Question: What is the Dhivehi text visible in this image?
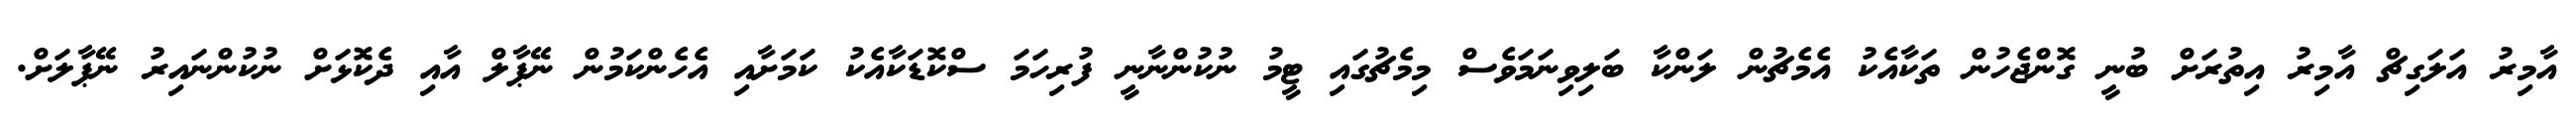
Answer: އާމިރު އަލަގިޗް އާމިރު އިތުރަށް ބުނީ ގޮންޖެހުން ތަކާއެކު އެމެޗުން ލަންކާ ބަލިވިނަމަވެސް މިމެޗުގައި ޓީމު ނުކުންނާނީ ފުރިހަމަ ސްކޮޑަކާއެކު ކަމަށާއި އެހެންކަމުން ނޭޕާލް އާއި ދެކޮޅަށް ނުކުންނައިރު ނޭޕާލަށް.